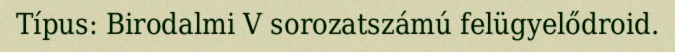
Típus: Birodalmi V sorozatszámú felügyelődroid.